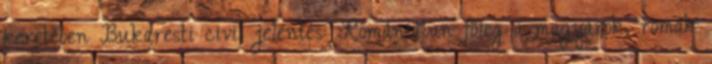
keretében Bukaresti civil jelentés: Romániában főleg a magyarok, romák